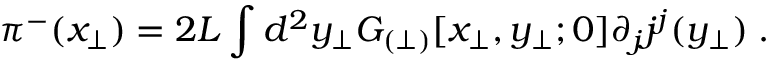
\pi ^ { - } ( x _ { \perp } ) = 2 L \int d ^ { 2 } y _ { \perp } { \cal G } _ { ( \perp ) } [ x _ { \perp } , y _ { \perp } ; 0 ] \partial _ { j } j ^ { j } ( y _ { \perp } ) \; .